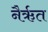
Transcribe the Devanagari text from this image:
नैर्ऋत